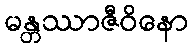
မန္တဿာဇီဝိနော